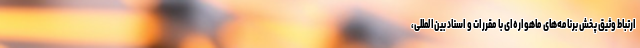
ارتباط وثیق پخش برنامه‌های ماهواره‌ای با مقررات و اسناد بین‌المللی،